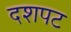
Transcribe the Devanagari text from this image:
दशपट